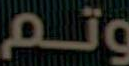
وتم